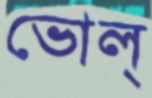
ভোল্‌